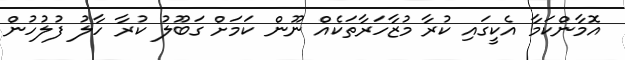
އޮމާންކަމާ އެކީގައި ކުރާ މުޒާހަރާތަކެއް ނޫން ކަމަށް ގަބޫލު ކުރާ ހާލު ފުލުހުން